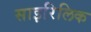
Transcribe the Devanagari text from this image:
साइरिलिक